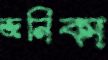
জনিকা